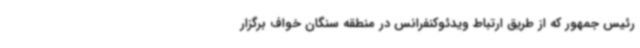
رئیس جمهور که از طریق ارتباط ویدئوکنفرانس در منطقه سنگان خواف برگزار